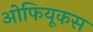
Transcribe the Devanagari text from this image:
ओफियूकस